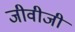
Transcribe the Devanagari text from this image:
जीवीजी